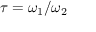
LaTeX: \tau = \omega _ { 1 } / \omega _ { 2 }